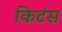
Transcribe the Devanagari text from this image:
किटंस